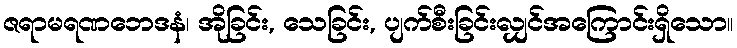
ဇရာမရဏဘေဒနံ၊ အိုခြင်း, သေခြင်း, ပျက်စီးခြင်းလျှင်အကြောင်းရှိသော။